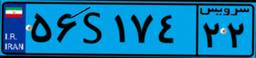
۲۶S۸۲۸۳۲